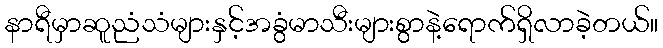
နာရီမှာဆူညံသံများနှင့်အခွံမာသီးများစွာနဲ့ရောက်ရှိလာခဲ့တယ်။